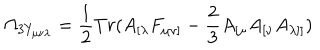
LaTeX: \Omega _ { 3 Y _ { \mu \nu \lambda } } = \frac { 1 } { 2 } T r ( A _ { [ \lambda } F _ { \mu \nu ] } - \frac { 2 } { 3 } A _ { [ \mu } A _ { [ \nu } A _ { \lambda ] ] } )